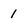
Character: 1